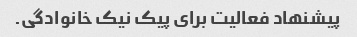
پیشنهاد فعالیت برای پیک نیک خانوادگی.